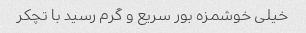
خیلی خوشمزه بور سریع و گرم رسید با تچکر